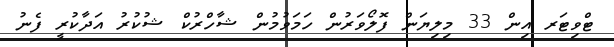
ޓްވިޓަރ އިން 33 މިލިޔަން ފޮލޯވަރުން ހަމަވުމުން ޝާހްރުކް ޝުކުރު އަދާކުރީ ފެނު